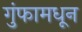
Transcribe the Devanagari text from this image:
गुंफामधून